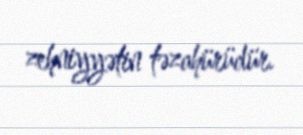
zehniyyətin təzahürüdür.